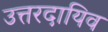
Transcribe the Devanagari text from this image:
उत्तरदायिव